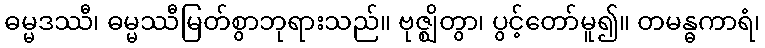
ဓမ္မဒဿီ၊ ဓမ္မဿီမြတ်စွာဘုရားသည်။ ဗုဇ္ဈိတွာ၊ ပွင့်တော်မူ၍။ တမန္ဓကာရံ၊